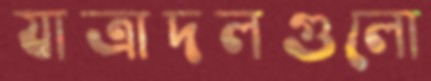
যাত্রাদলগুলো